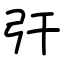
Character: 㢨